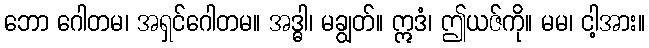
ဘော ဂေါတမ၊ အရှင်ဂေါတမ။ အဒ္ဓါ၊ မချွတ်။ ဣဒံ၊ ဤယဇ်ကို။ မမ၊ ငါ့အား။